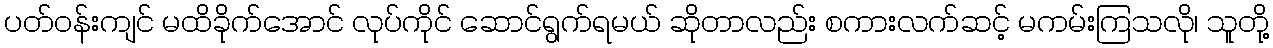
ပတ်ဝန်းကျင် မထိခိုက်အောင် လုပ်ကိုင် ဆောင်ရွက်ရမယ် ဆိုတာလည်း စကားလက်ဆင့် မကမ်းကြသလို၊ သူတို့